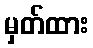
မှတ်ထား